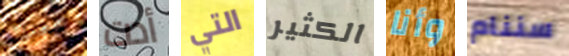
معك أدت التي الكثير وأنا سننام